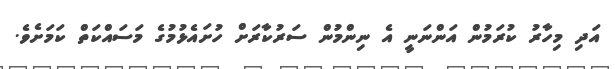
އަދި މިހާރު ކުރަމުން އަންނަނީ އެ ނިންމުން ސަރުކާރަށް ހުށައެޅުމުގެ މަސައްކަތް ކަމަށެވެ.